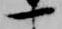
一